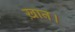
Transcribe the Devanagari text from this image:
ख़ान।